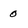
Character: 0